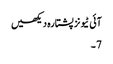
آئی ٹیونز پشتارہ دیکھیں
7 ۔